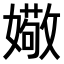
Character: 𫱻